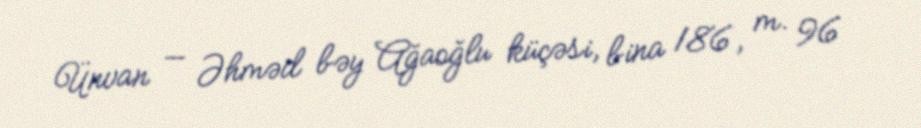
Ünvan — Əhməd bəy Ağaoğlu küçəsi, bina 186, m. 96